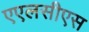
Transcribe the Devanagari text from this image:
एएलसीएस